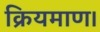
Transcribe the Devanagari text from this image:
क्रियमाण।